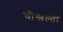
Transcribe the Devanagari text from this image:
चोन्त्रल्तो